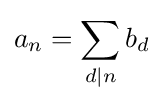
a_{n}=\sum _{d\mid n}b_{d}